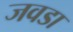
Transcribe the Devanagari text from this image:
जवडा